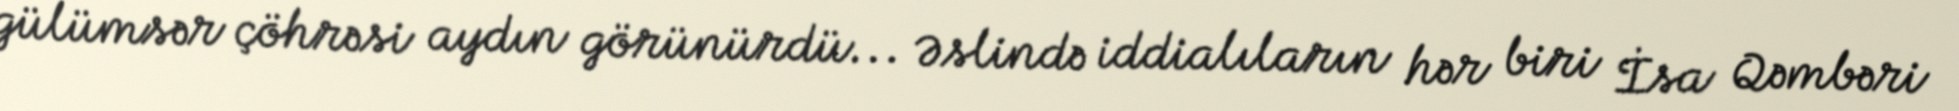
gülümsər çöhrəsi aydın görünürdü... Əslində iddialıların hər biri İsa Qəmbəri